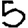
Digit: 5